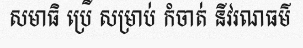
សមាធិ ប្រើ សម្រាប់ កំចាត់ នីវរណធម៌